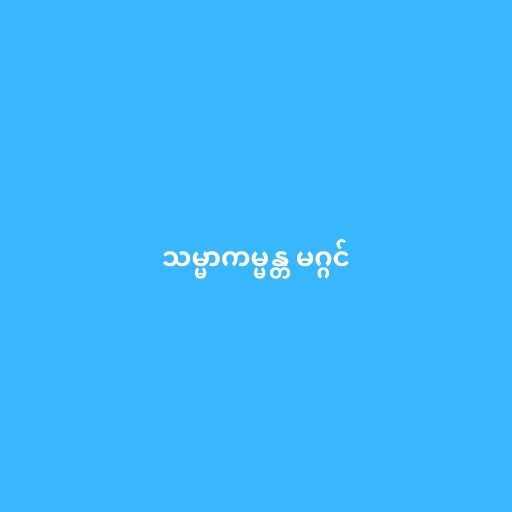
သမ္မာကမ္မန္တ မဂ္ဂင်